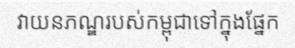
វាយនភណ្ឌរបស់កម្ពុជាទៅក្នុងផ្នែក